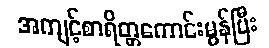
အကျင့်စာရိတ္တကောင်းမွန်ပြီး